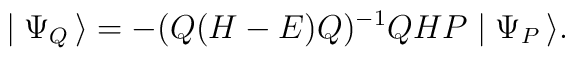
\mid \Psi_Q \, \rangle = -(Q(H-E)Q)^{-1} QHP \mid \Psi_P \, \rangle.